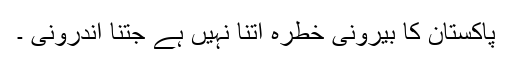
پاکستان کا بیرونی خطرہ اتنا نہیں ہے جتنا اندرونی ۔